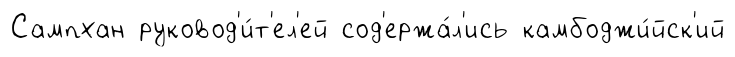
Сампхан руковод'и́т'ел'ей сод'ержа́л'ись камбоджи́йск'ий